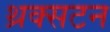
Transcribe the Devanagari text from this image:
थ्रक्सटन